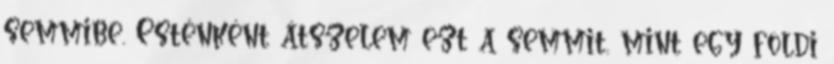
semmibe. Esténként átszelem ezt a semmit, mint egy földi